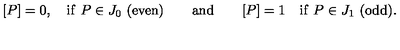
\lbrack P ] = 0 , \quad \mathrm { i f \ } P \in J _ { 0 } \ ( \mathrm { e v e n } ) \qquad \mathrm { a n d } \qquad [ P ] = 1 \quad \mathrm { i f \ } P \in J _ { 1 } \ ( \mathrm { o d d } ) .